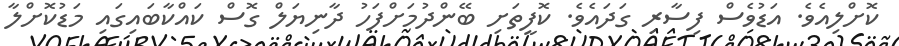
ކޮށްލިއެވެ. އަޑުވެސް ފިސާރި ގަދައެވެ. ކޮފީތަށި ބޭންދުމަށްފަހު ދާނިޔަލް ގޮސް ކައްކާބައިގައި މަޑުކޮށްލާ